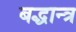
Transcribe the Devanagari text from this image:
बद्धान्त्र